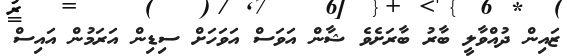
ޒައިން ދުއްވާލީ ބާރު ބާރަށެވެ ޝާން އަވަސް އަވަހަށް ސިޑިން އަރަމުން އައިސް